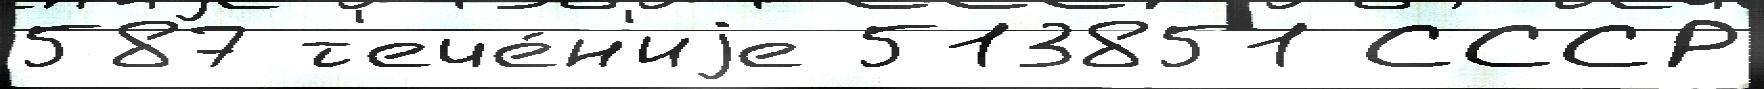
587 т'ече́н'иjе 513851 СССР